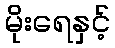
မိုးရေနှင့်